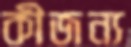
কীজন্য